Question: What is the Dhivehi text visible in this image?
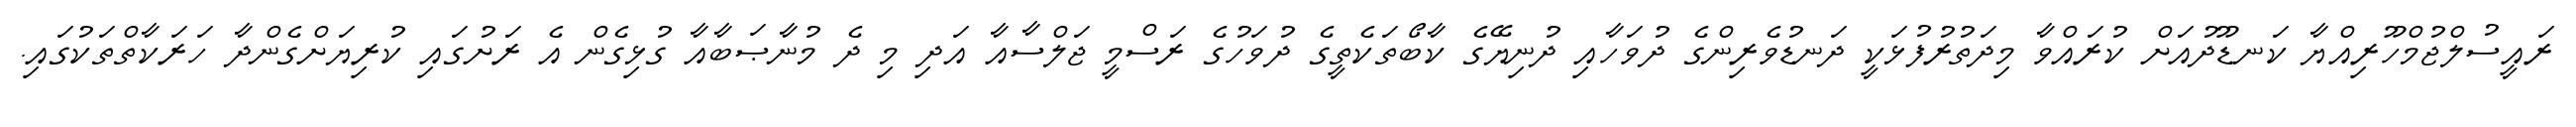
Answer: ރައީސުލްޖުމްހޫރިއްޔާ ކަނޑޫދުއަށް ކުރައްވާ މިދަތުރުފުޅަކީ ދަނޑުވެރިންގެ ދުވަހާއި ދުނިޔޭގެ ކާބޯތަކެތީގެ ދުވަހުގެ ރަސްމީ ޖަލްސާއާ އަދި މި ދެ މުނާޞަބާއާ ގުޅިގެން އެ ރަށުގައި ކުރިޔަށްގެންދާ ހަރަކާތްތަކުގައި.